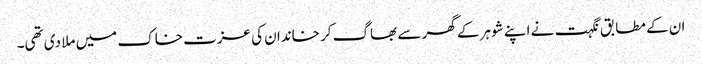
ان کے مطابق نگہت نے اپنے شوہر کے گھر سے بھاگ کر خاندان کی عزت خاک میں ملا دی تھی۔